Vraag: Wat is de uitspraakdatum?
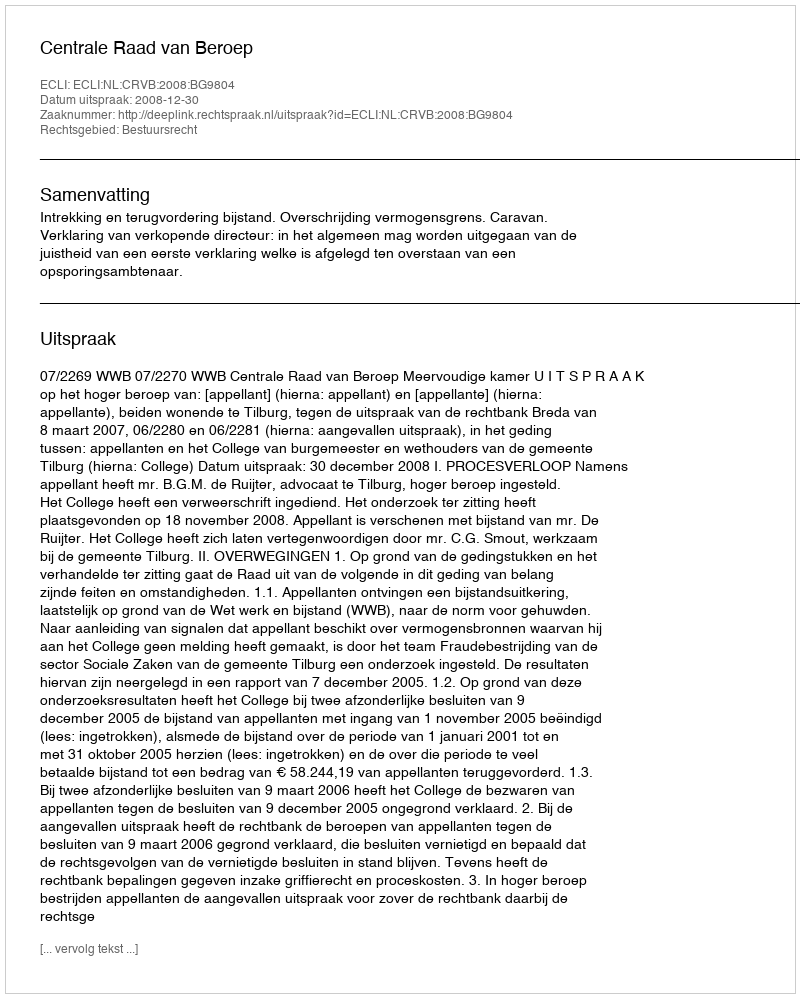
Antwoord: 2008-12-30